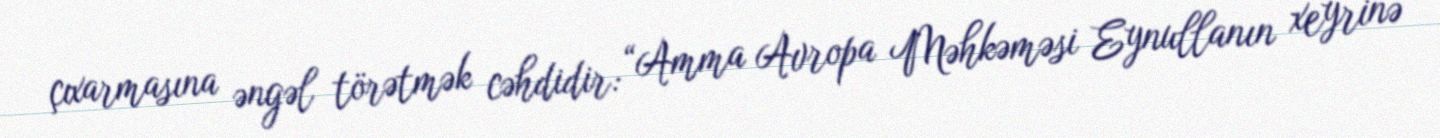
çıxarmasına əngəl törətmək cəhdidir: “Amma Avropa Məhkəməsi Eynullanın xeyrinə